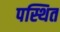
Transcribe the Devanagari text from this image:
पस्थित